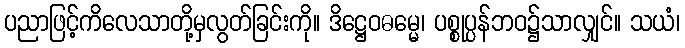
ပညာဖြင့်ကိလေသာတို့မှလွတ်ခြင်းကို။ ဒိဋ္ဌေဝဓမ္မေ၊ ပစ္စုပ္ပန်ဘဝ၌သာလျှင်။ သယံ၊